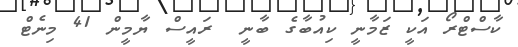
ކާސްޓްރޯ އަކީ ޒަމާނީ ކިއުބާގެ ބާނީ  ރައީސް ޔާމީން 41 މިނެޓް